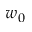
w _ { 0 }